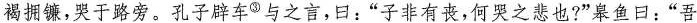
褐拥镰，哭于路旁。孔子辟车^{③}与之言，曰：”子非有丧，何哭之悲也?”皋鱼曰：”吾